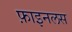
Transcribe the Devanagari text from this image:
फ़ाइनलस